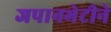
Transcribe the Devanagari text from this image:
जपानभेटीने